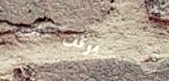
موقف خاص